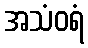
အသံဝရံ